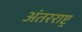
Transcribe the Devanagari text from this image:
अंतरराष्ट्र